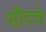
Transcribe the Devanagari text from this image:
सौदचे